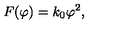
F ( \varphi ) = k _ { 0 } { \varphi } ^ { 2 } ,